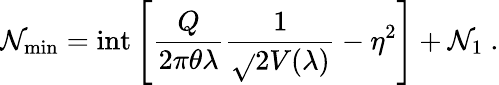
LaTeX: \mathcal{N}_{\mathrm{{min}}}=\mathrm{{int}}\left[\frac{{Q}}{{2\pi\theta\lambda}}\frac{{1}}{{\sqrt{}{{2V(\lambda)}}}}-\eta^{2}\right]+\mathcal{N}_{1}~.